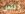
ديس